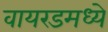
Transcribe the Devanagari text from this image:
वायरडमध्ये